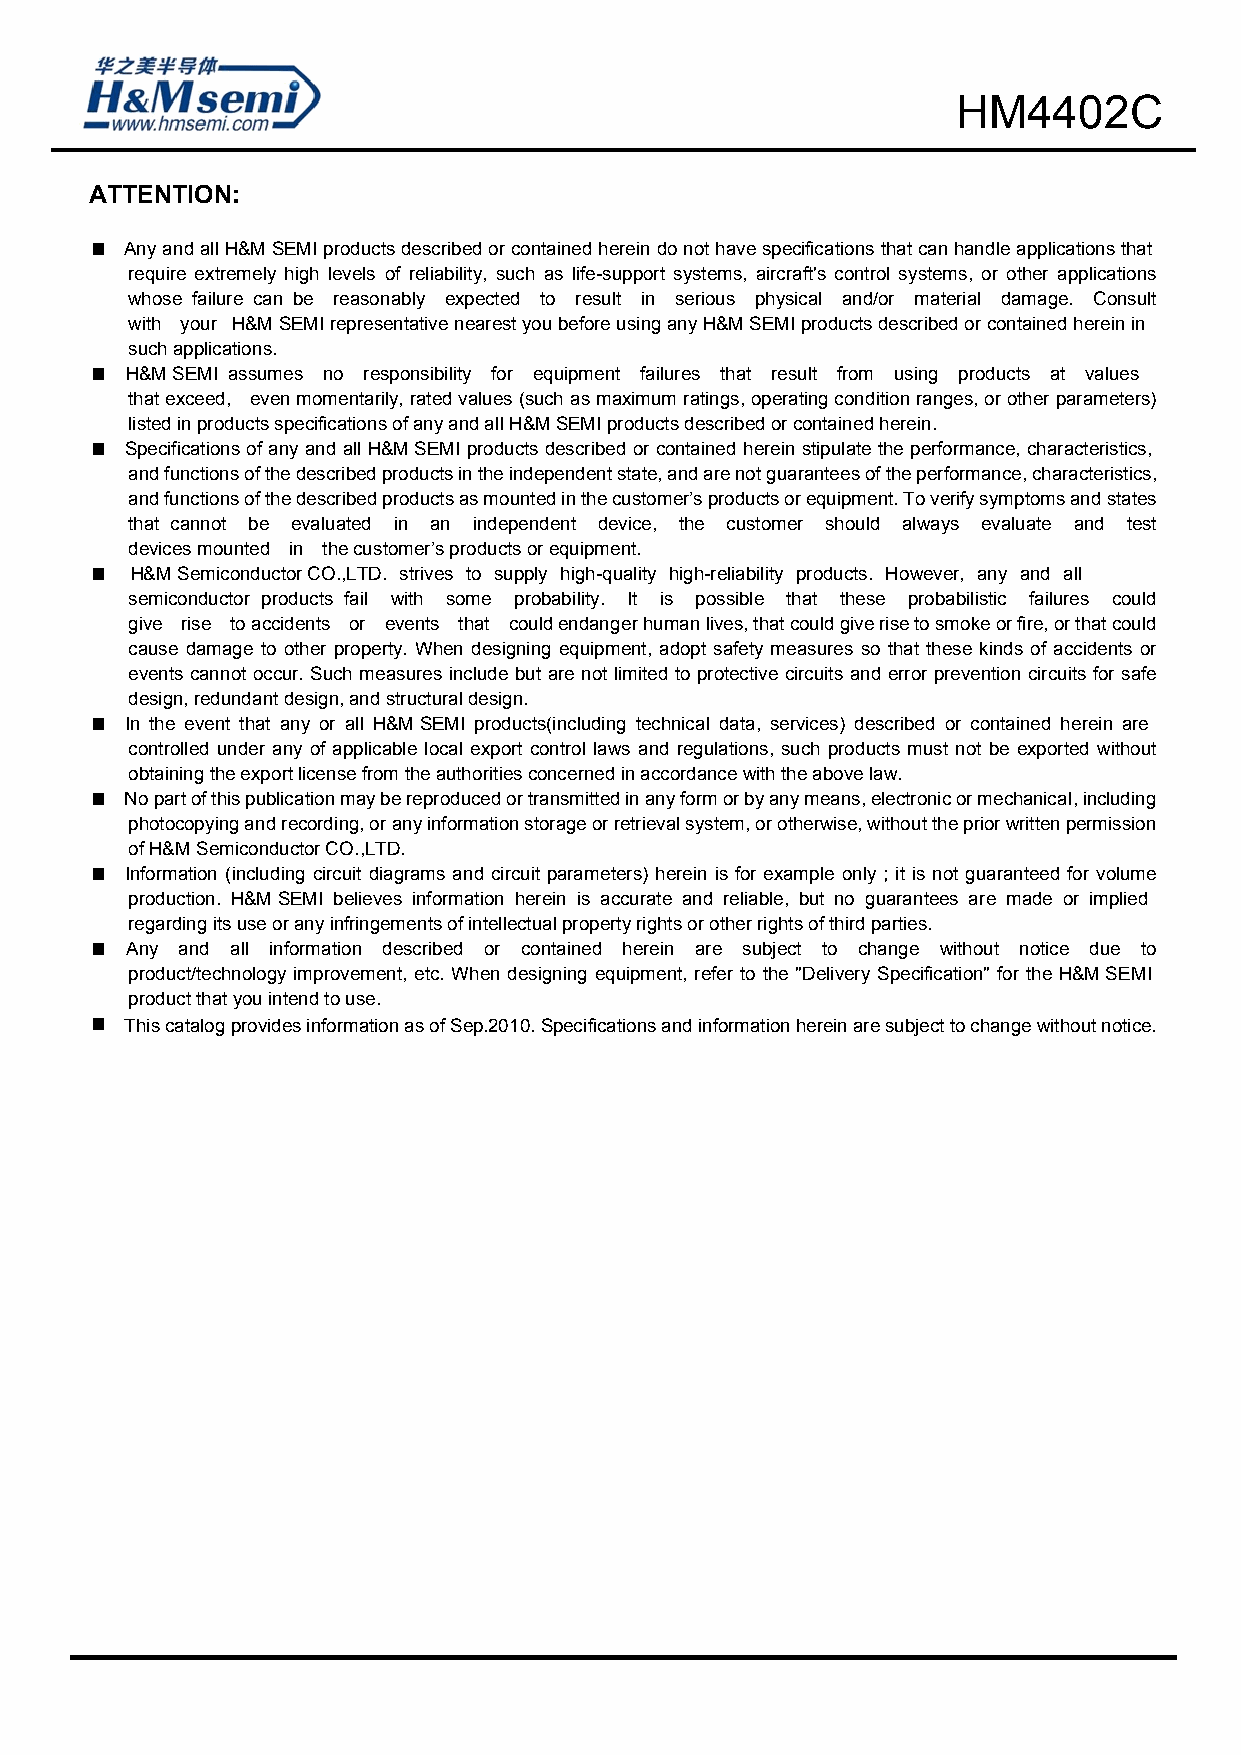
HM4402C
 ATTENTION:
 ■ Any and all H&M SEMI products described or contained herein do not have specifications that can handle applications that
 require extremely high levels of reliability, such as life-support systems, aircraft's control systems, or other applications
 whose failure can be reasonably expected to result in serious physical and/or material damage. Consult
 with your H&M SEMI representative nearest you before using any H&M SEMI products described or contained herein in
 such applications.
 ■ H&M SEMI assumes no responsibility for equipment failures that result from using products at values
 that exceed, even momentarily, rated values (such as maximum ratings, operating condition ranges, or other parameters)
 listed in products specifications of any and all H&M SEMI products described or contained herein.
 ■ Specifications of any and all H&M SEMI products described or contained herein stipulate the performance, characteristics,
 and functions of the described products in the independent state, and are not guarantees of the performance, characteristics,
 and functions of the described products as mounted in the customer’s products or equipment. To verify symptoms and states
 that cannot be evaluated in an independent device, the customer should always evaluate and test
 devices mounted in the customer’s products or equipment.
 ■  H&M Semiconductor CO.,LTD. strives to supply high-quality high-reliability products. However, any and all
 semiconductor products fail with some probability. It is possible that these probabilistic failures could
 give rise to accidents or events that could endanger human lives, that could give rise to smoke or fire, or that could
 cause damage to other property. When designing equipment, adopt safety measures so that these kinds of accidents or
 events cannot occur. Such measures include but are not limited to protective circuits and error prevention circuits for safe
 design, redundant design, and structural design.
 ■ In the event that any or all H&M SEMI products(including technical data, services) described or contained herein are
 controlled under any of applicable local export control laws and regulations, such products must not be exported without
 obtaining the export license from the authorities concerned in accordance with the above law.
 ■ No part of this publication may be reproduced or transmitted in any form or by any means, electronic or mechanical, including
 photocopying and recording, or any information storage or retrieval system, or otherwise, without the prior written permission
 of H&M Semiconductor CO.,LTD.
 ■ Information (including circuit diagrams and circuit parameters) herein is for example only ; it is not guaranteed for volume
 production. H&M SEMI believes information herein is accurate and reliable, but no guarantees are made or implied
 regarding its use or any infringements of intellectual property rights or other rights of third parties.
 ■ Any and all information described or contained herein are subject to change without notice due to
 product/technology improvement, etc. When designing equipment, refer to the "Delivery Specification" for the H&M SEMI
 product that you intend to use.
 ■
 This catalog provides information as of Sep.2010. Specifications and information herein are subject to change without notice.